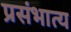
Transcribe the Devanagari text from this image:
प्रसंभात्य